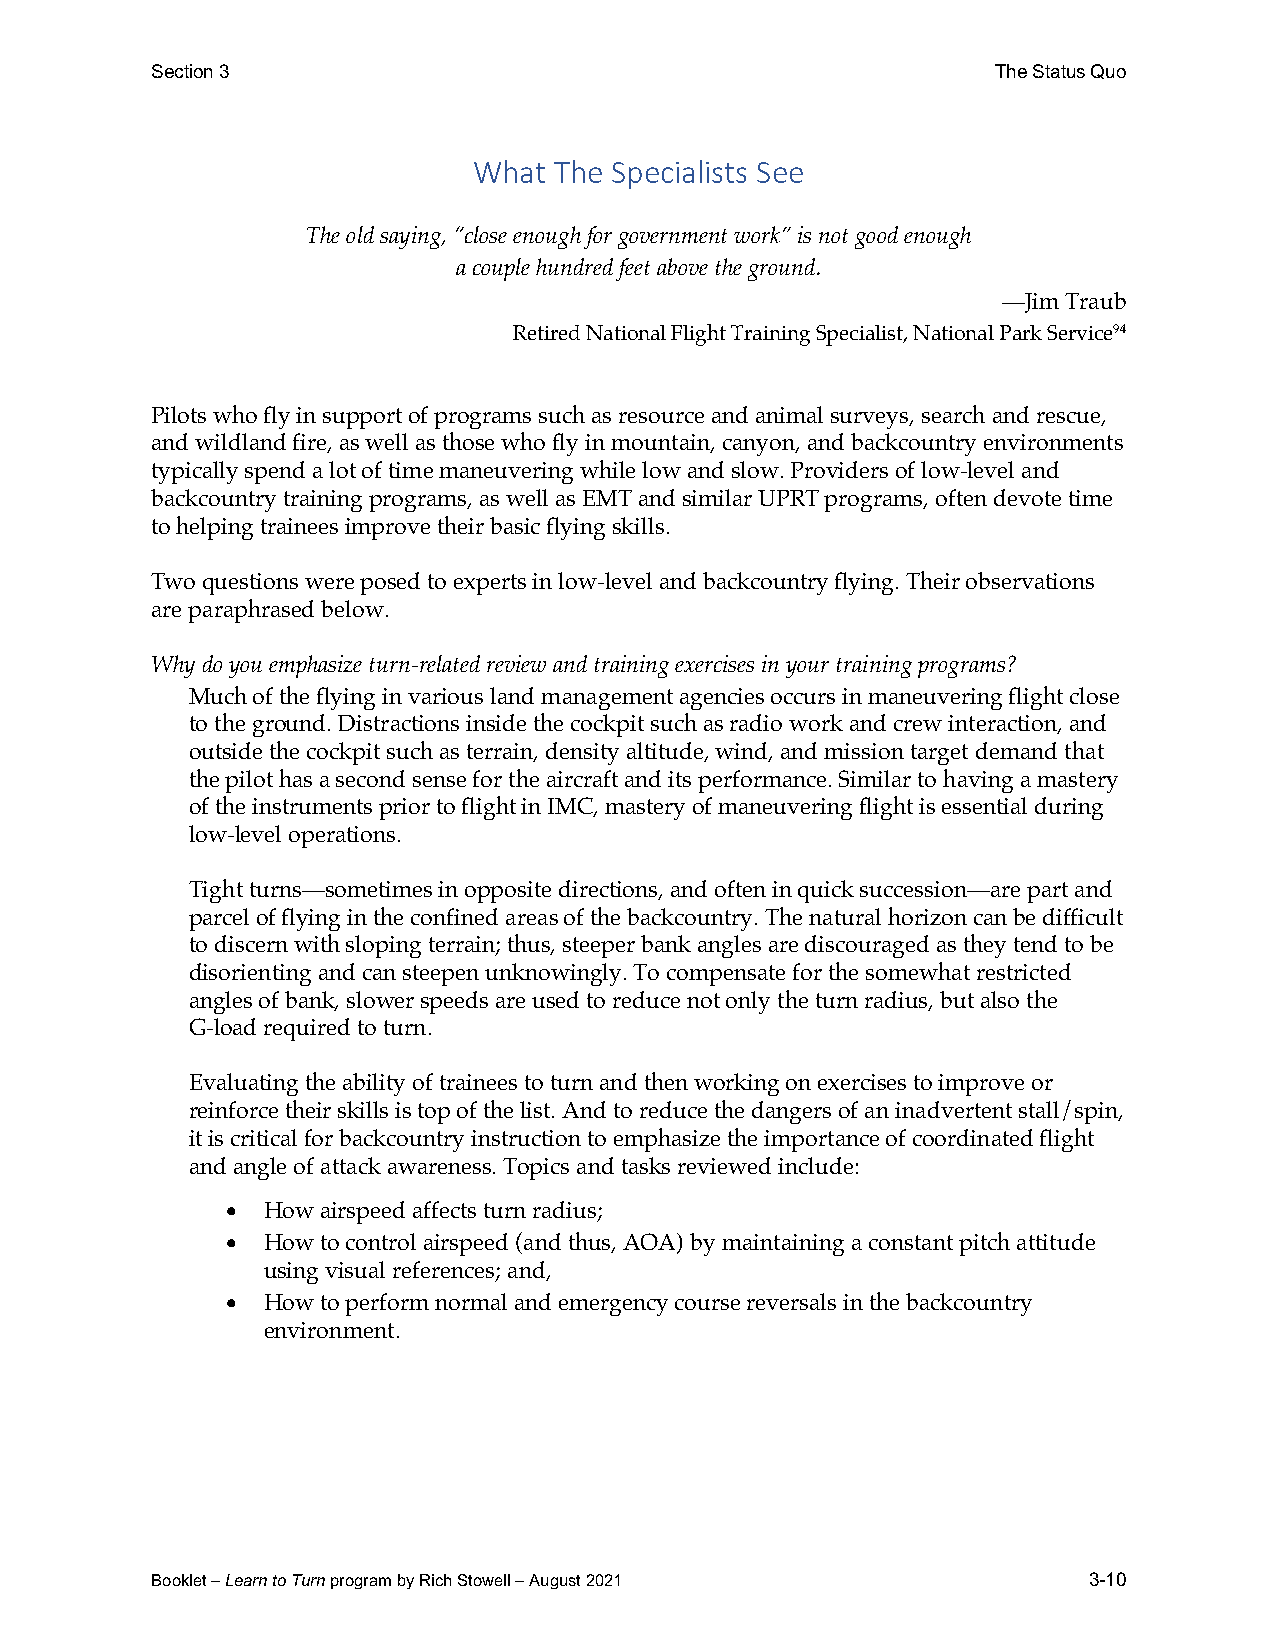
Section 3                                               The Status Quo
 What  The Specialists See
 The old saying, “close enough for government work” is not good enough
 a couple hundred feet above the ground.
 —Jim Traub
 Retired National Flight Training Specialist, National Park Service94
 Pilots who fly in support of programs such as resource and animal surveys, search and rescue,
 and wildland fire, as well as those who fly in mountain, canyon, and backcountry environments
 typically spend a lot of time maneuvering while low and slow. Providers of low-level and
 backcountry training programs, as well as EMT and similar UPRT programs, often devote time
 to helping trainees improve their basic flying skills.
 Two questions were posed to experts in low-level and backcountry flying. Their observations
 are paraphrased below.
 Why do you emphasize turn-related review and training exercises in your training programs?
 Much of the flying in various land management agencies occurs in maneuvering flight close
 to the ground. Distractions inside the cockpit such as radio work and crew interaction, and
 outside the cockpit such as terrain, density altitude, wind, and mission target demand that
 the pilot has a second sense for the aircraft and its performance. Similar to having a mastery
 of the instruments prior to flight in IMC, mastery of maneuvering flight is essential during
 low-level operations.
 Tight turns—sometimes in opposite directions, and often in quick succession—are part and
 parcel of flying in the confined areas of the backcountry. The natural horizon can be difficult
 to discern with sloping terrain; thus, steeper bank angles are discouraged as they tend to be
 disorienting and can steepen unknowingly. To compensate for the somewhat restricted
 angles of bank, slower speeds are used to reduce not only the turn radius, but also the
 G-load required to turn.
 Evaluating the ability of trainees to turn and then working on exercises to improve or
 reinforce their skills is top of the list. And to reduce the dangers of an inadvertent stall/spin,
 it is critical for backcountry instruction to emphasize the importance of coordinated flight
 and angle of attack awareness. Topics and tasks reviewed include:
 • How airspeed affects turn radius;
 • How to control airspeed (and thus, AOA) by maintaining a constant pitch attitude
 using visual references; and,
 • How to perform normal and emergency course reversals in the backcountry
 environment.
 Booklet – Learn to Turn program by Rich Stowell – August 2021 3-10